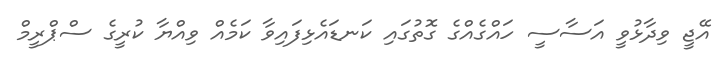
އޭޖީ ވިދާޅުވީ އަސާސީ ހައްގެއްގެ ގޮތުގައި ކަނޑައެޅިފައިވާ ކަމެއް ވިއްޔާ ކުރީގެ ސްޕްރީމް